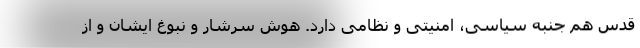
قدس هم جنبه سیاسی، امنیتی و نظامی دارد. هوش سرشار و نبوغ ایشان و از